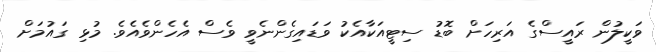
ވަކީލުން ރައީސްގެ އަރިހަށް ބޮޑު ސިޓީއަކާއެކު ވަޑައިގެންނެވީ ވެސް އެހެންވެއެވެ. މުޅި ގައުމަށް